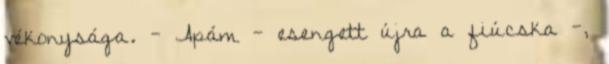
vékonysága. - Apám - esengett újra a fiúcska -,